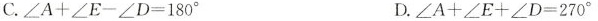
C.$$∠ A + ∠ E - ∠ D = 1 8 0 °$$ D.$$∠ A + ∠ E + ∠ D = 2 7 0 °$$